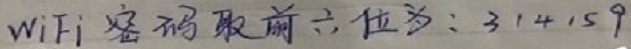
WiFi密码取前六位为：314159